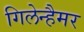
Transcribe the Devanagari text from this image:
गिलेन्हैमर